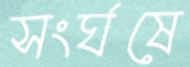
সংর্ঘষে